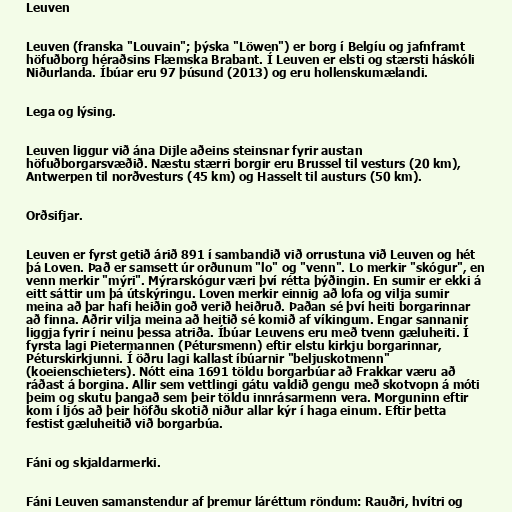
Leuven

Leuven (franska "Louvain"; þýska "Löwen") er borg í Belgíu og jafnframt
höfuðborg héraðsins Flæmska Brabant. Í Leuven er elsti og stærsti háskóli
Niðurlanda. Íbúar eru 97 þúsund (2013) og eru hollenskumælandi.

Lega og lýsing.

Leuven liggur við ána Dijle aðeins steinsnar fyrir austan
höfuðborgarsvæðið. Næstu stærri borgir eru Brussel til vesturs (20 km),
Antwerpen til norðvesturs (45 km) og Hasselt til austurs (50 km).

Orðsifjar.

Leuven er fyrst getið árið 891 í sambandið við orrustuna við Leuven og hét
þá Loven. Það er samsett úr orðunum "lo" og "venn". Lo merkir "skógur", en
venn merkir "mýri". Mýrarskógur væri því rétta þýðingin. En sumir er ekki á
eitt sáttir um þá útskýringu. Loven merkir einnig að lofa og vilja sumir
meina að þar hafi heiðin goð verið heiðruð. Þaðan sé því heiti borgarinnar
að finna. Aðrir vilja meina að heitið sé komið af víkingum. Engar sannanir
liggja fyrir í neinu þessa atriða. Íbúar Leuvens eru með tvenn gæluheiti. Í
fyrsta lagi Pietermannen (Pétursmenn) eftir elstu kirkju borgarinnar,
Péturskirkjunni. Í öðru lagi kallast íbúarnir "beljuskotmenn"
(koeienschieters). Nótt eina 1691 töldu borgarbúar að Frakkar væru að
ráðast á borgina. Allir sem vettlingi gátu valdið gengu með skotvopn á móti
þeim og skutu þangað sem þeir töldu innrásarmenn vera. Morguninn eftir
kom í ljós að þeir höfðu skotið niður allar kýr í haga einum. Eftir þetta
festist gæluheitið við borgarbúa.

Fáni og skjaldarmerki.

Fáni Leuven samanstendur af þremur láréttum röndum: Rauðri, hvítri og